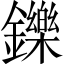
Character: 鑠